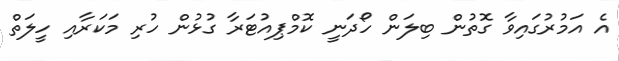
އެ އަމުރުގައިވާ ގޮތުން ބިލަން ހޯދަނީ ކޮމްޕިއުޓަރާ ގުޅުން ހުރި މަކަރާއި ހީލަތް